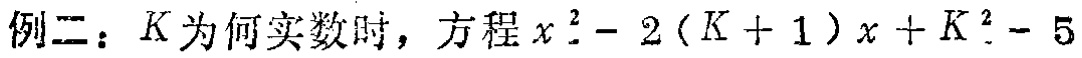
例二：$K$为何实数时，方程$x^{2}-2(K + 1)x + K^{2}- 5$